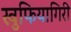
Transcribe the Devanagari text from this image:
खुफियागिरी